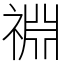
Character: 䄗